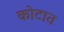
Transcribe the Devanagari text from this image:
कोटात